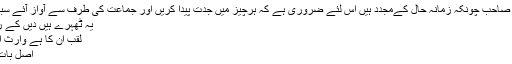
مودودی صاحب چونکہ زمانہ حال کےمجدد ہیں اس لئے ضروری ہے کہ ہرچیز میں جدت پیدا کریں اور جماعت کی طرف سے آواز آئے سبحان اللہ:
یہ ٹھہرے ہیں دیں کے رہنما اب
لقب ان کا ہے وارثِ انبیاء اب
اصل بات یہ ہے۔